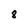
Character: 8